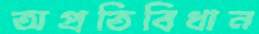
অপ্রতিবিধান